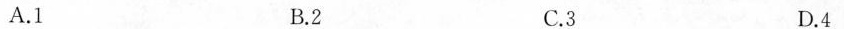
A.1 B.2 C.3 D.4